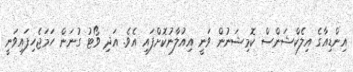
އިންޑިއާގެ އިލެކްޝަންސް ކޮމިޝަނުން ވަނީ އިއުލާނުކޮށްފައި އެވެ. އަދި ވޯޓު ގުނަން ހަމަޖެހިފައިވަނީ